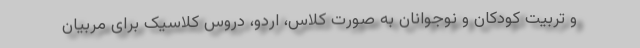
و تربیت کودکان و نوجوانان به صورت کلاس، اردو، دروس کلاسیک برای مربیان